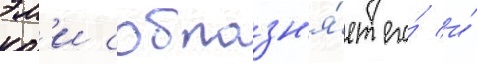
эм'и соблазн'я́ет его́ и́